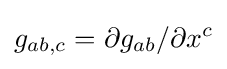
g_{ab,c}=\partial g_{ab}/\partial x^{c}